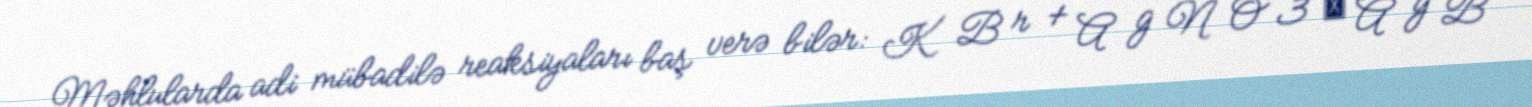
Məhlularda adi mübadilə reaksiyaları baş verə bilər: K B r + A g N O 3 → A g B